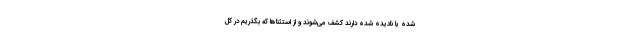
شده یا نادیده شده دارند کشف می‌شوند و از استثناها که بگذریم در کل